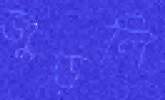
জুড়লি